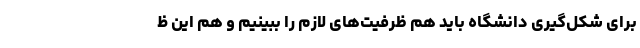
برای شکل‌گیری دانشگاه باید هم ظرفیت‌های لازم را ببینیم و هم این ظ